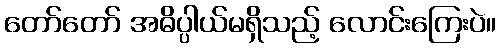
တော်တော် အဓိပ္ပါယ်မရှိသည့် လောင်းကြေးပဲ။